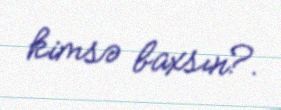
kimsə baxsın?.